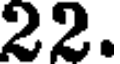
22.